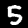
Digit: 5